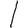
Digit: 1